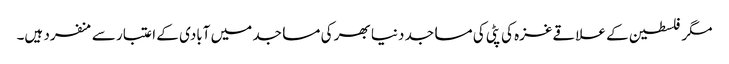
مگر فلسطین کے علاقےغزہ کی پٹی کی مساجد دنیا بھر کی مساجد میں آبادی کے اعتبار سے منفرد ہیں۔